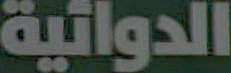
الدوائية